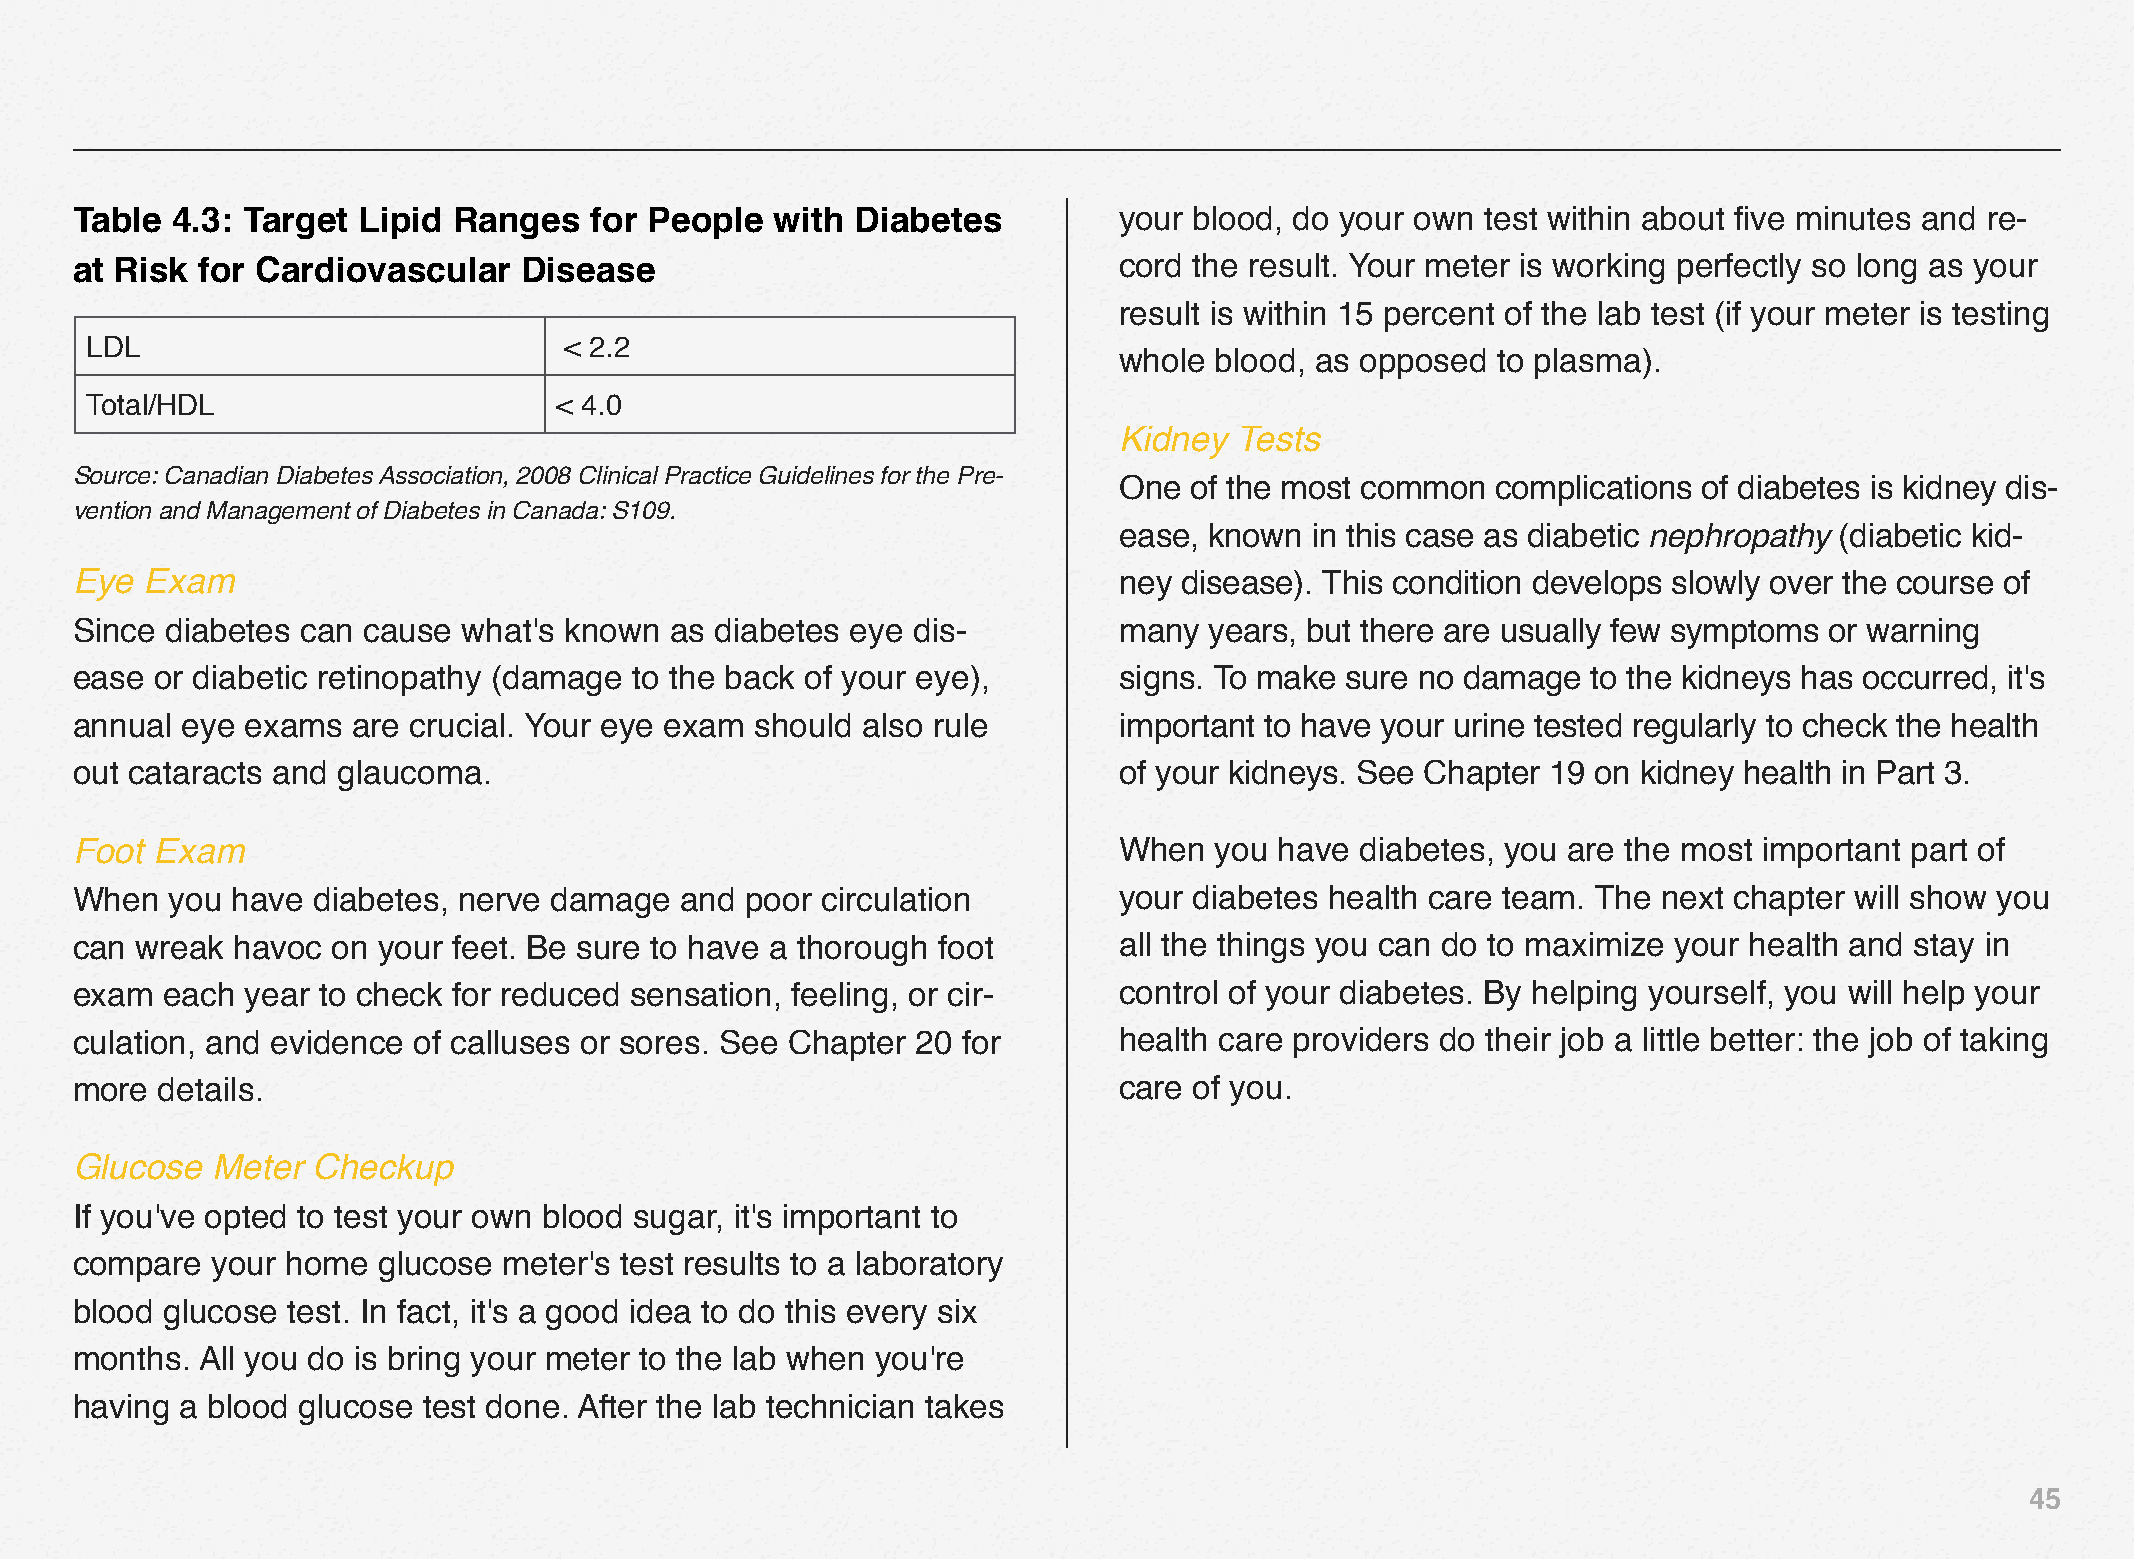
Table 4.3: Target  Lipid Ranges   for People  with  Diabetes         your blood, do your own test within about five minutes and re-
 at Risk for Cardiovascular    Disease                                cord the result. Your meter is working perfectly so long as your
 result is within 15 percent of the lab test (if your meter is testing
 LDL                            < 2.2
 whole blood, as opposed  to plasma).
 Total/HDL                      < 4.0
 Kidney  Tests
 Source: Canadian Diabetes Association, 2008 Clinical Practice Guidelines for the Pre-
 One  of the most common  complications of diabetes is kidney dis-
 vention and Management of Diabetes in Canada: S109.
 ease, known  in this case as diabetic nephropathy (diabetic kid-
 Eye  Exam                                                            ney disease). This condition develops slowly over the course of
 Since diabetes can cause  what's known as diabetes eye dis-          many  years, but there are usually few symptoms or warning
 ease or diabetic retinopathy (damage to the back of your eye),       signs. To make sure no damage  to the kidneys has occurred, it's
 annual eye exams  are crucial. Your eye exam should also rule        important to have your urine tested regularly to check the health
 out cataracts and glaucoma.                                          of your kidneys. See Chapter 19 on kidney health in Part 3.
 Foot Exam                                                            When  you  have diabetes, you are the most important part of
 When  you have  diabetes, nerve damage  and poor circulation         your diabetes health care team. The next chapter will show you
 can wreak havoc  on your feet. Be sure to have a thorough foot       all the things you can do to maximize your health and stay in
 exam  each year to check for reduced sensation, feeling, or cir-     control of your diabetes. By helping yourself, you will help your
 culation, and evidence of calluses or sores. See Chapter 20 for      health care providers do their job a little better: the job of taking
 more details.                                                        care of you.
 Glucose  Meter  Checkup
 If you've opted to test your own blood sugar, it's important to
 compare  your home  glucose meter's test results to a laboratory
 blood glucose test. In fact, it's a good idea to do this every six
 months. All you do is bring your meter to the lab when you're
 having a blood glucose test done. After the lab technician takes
 45